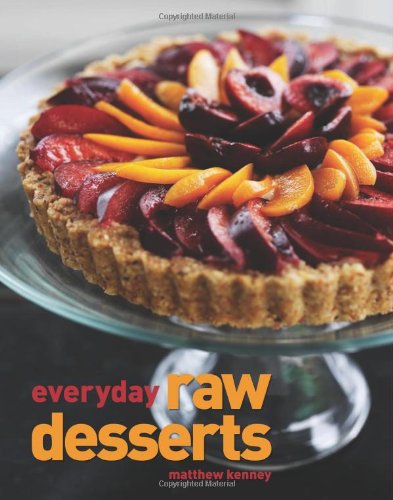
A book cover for Everyday Raw Desserts; Matthew Kenney; Cookbooks, Food & Wine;